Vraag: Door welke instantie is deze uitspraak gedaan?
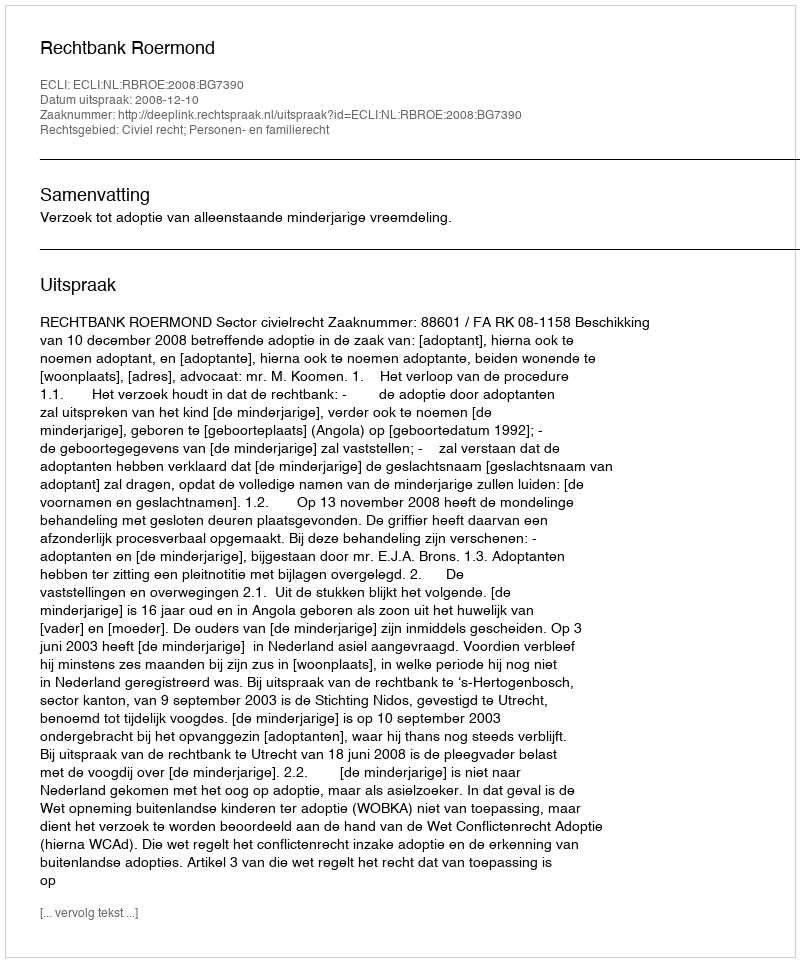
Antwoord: Rechtbank Roermond